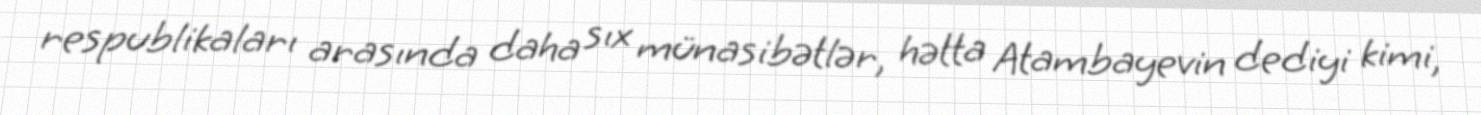
respublikaları arasında daha sıx münasibətlər, hətta Atambayevin dediyi kimi,